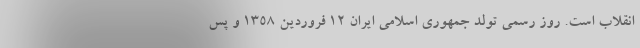
انقلاب است. روز رسمی تولد جمهور‌ی اسلامی ایران 12 فروردین 1358 و پس